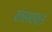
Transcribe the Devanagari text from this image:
वासवदत्तं